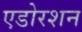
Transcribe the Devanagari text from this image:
एडोरशन